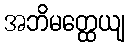
အဘိမတ္ထေယျ